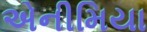
એનીમિયા